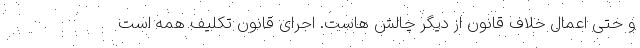
و حتی اعمال خلاف قانون از دیگر چالش هاست. اجرای قانون تکلیف همه است